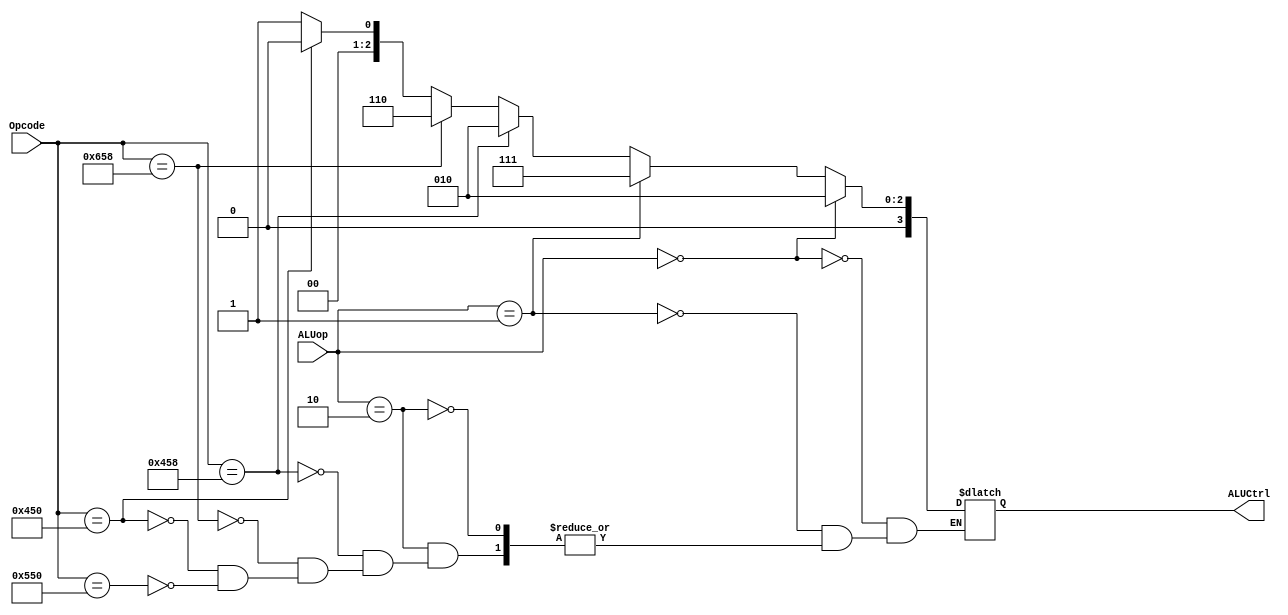
`timescale 1ns / 1ps

module ALUControl(ALUCtrl, ALUop, Opcode);

     input [10:0] Opcode; // 11 bit input
     input [1:0] ALUop; // 2 bit input 
     output reg [3:0] ALUCtrl; // the output to the ALU
     
     always @(*) begin
     	if(ALUop == 2'b00) begin // for LDUR and STUR
     		ALUCtrl <= #2 4'b0010; // add code
     	end
     	else if(ALUop == 2'b01) begin // CBZ instruction
     		ALUCtrl <= #2 4'b0111; // passB code
     	end
     	else if(ALUop == 2'b10) begin
     		if(Opcode == 11'b10001011000) begin // ADD 
     			ALUCtrl <= #2 4'b0010; // add ctrl
     		end
     		else if(Opcode == 11'b11001011000) begin // SUB 
     			ALUCtrl <= #2 4'b0110; // subtract ctrl
     		end
     		else if(Opcode == 11'b10001010000) begin // AND
     			ALUCtrl <= #2 4'b0000; // AND ctrl
     		end
     		else if(Opcode == 11'b10101010000) begin // SUB 
     			ALUCtrl <= #2 4'b0001; // subtract ctrl
     		end
     	end
     end 

endmodule